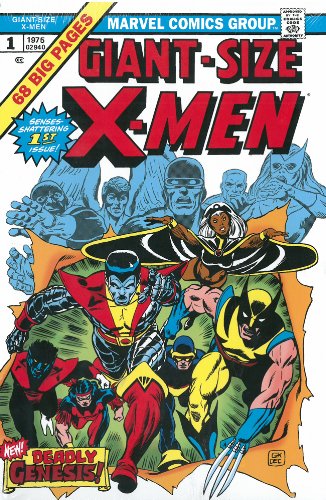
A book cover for The Uncanny X-Men Omnibus Volume 1 (New Printing); Chris Claremont; Comics & Graphic Novels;